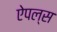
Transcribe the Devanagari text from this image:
ऐपल्स